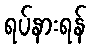
ရပ်နားရန်